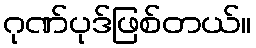
ဂုဏ်ပုဒ်ဖြစ်တယ်။